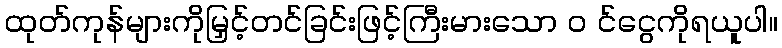
ထုတ်ကုန်များကိုမြှင့်တင်ခြင်းဖြင့်ကြီးမားသော ၀ င်ငွေကိုရယူပါ။